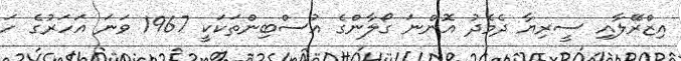
އިޒްރޭލާއި ސީރިޔާ ދެމެދު އޮންނަ ގޯލާންގެ އުސްބިންތަކަކީ 1967 ވަނަ އަހަރުގެ ހަ